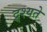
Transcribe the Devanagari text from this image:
द्र्श्यते